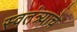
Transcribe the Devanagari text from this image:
स्वतंत्र्याचे